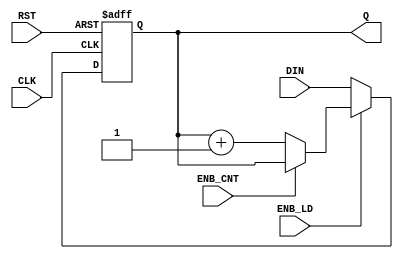
module FOUR_BIT_COUNTER(
    input CLK,
    input RST,
    input [3:0] DIN,
    input ENB_LD,
    input ENB_CNT,
    output reg [3:0]Q
);

    always @(posedge CLK or negedge RST) begin
        if(RST == 1'b0) begin
            Q <= 4'b0000;
        end else if(ENB_LD == 1'b0) begin
            Q <= DIN;
        end else if(ENB_CNT == 1'b0) begin
            Q <= Q + 1'b1;
        end else begin
            Q <= Q;
        end
    end

endmodule